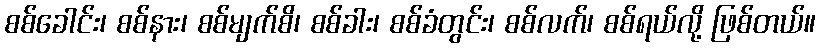
စစ်ခေါင်း၊ စစ်နား၊ စစ်မျက်စိ၊ စစ်ခါး၊ စစ်ခံတွင်း၊ စစ်လက်၊ စစ်ရယ်လို့ ဖြစ်တယ်။